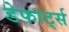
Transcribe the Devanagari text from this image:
डेफार्ट्स